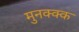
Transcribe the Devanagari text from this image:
मुनक्क्क